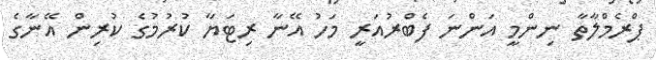
ޕްރެމްލާތާ ނިންމީ އަންނަ ފެބްރުއަރީ މަހު އޭނާ ރިޓަޔާ ކުރުމުގެ ކުރިން އޭނާގެ